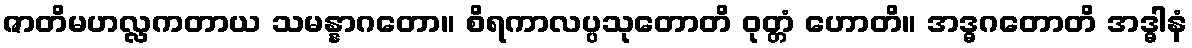
ဇာတိမဟလ္လကတာယ သမန္နာဂတော။ စိရကာလပ္ပသုတောတိ ဝုတ္တံ ဟောတိ။ အဒ္ဓဂတောတိ အဒ္ဓါနံ